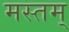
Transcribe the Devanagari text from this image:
मस्तम्